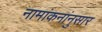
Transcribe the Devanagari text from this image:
नामांकनांनुसार